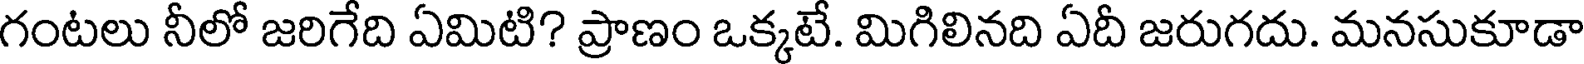
గంటలు నీలో జరిగేది ఏమిటి? ప్రాణం ఒక్కటే. మిగిలినది ఏదీ జరుగదు. మనసుకూడా